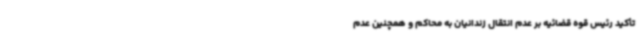
تأکید رئیس قوه قضائیه بر عدم انتقال زندانیان به محاکم و همچنین عدم